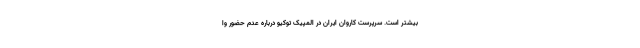
بیشتر است. سرپرست کاروان ایران در المپیک توکیو درباره عدم حضور وا